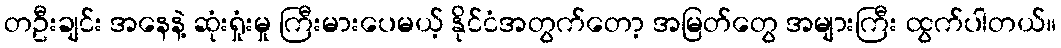
တဦးချင်း အနေနဲ့ ဆုံးရှုံးမှု ကြီးမားပေမယ့် နိုင်ငံအတွက်တော့ အမြတ်တွေ အများကြီး ထွက်ပါတယ်။